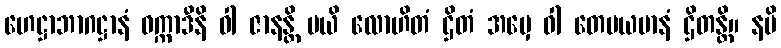
ဟေဋ္ဌာဘာဂဋ္ဌာနံ ဝက္ကာဒီနိ ဝါ ဇာနန္တိ မယိ လောဟိတံ ဌိတံ အမှေ ဝါ တေမယမာနံ ဌိတန္တိ။ နပိ